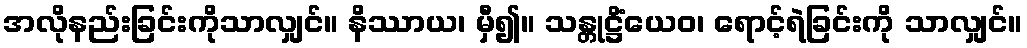
အလိုနည်းခြင်းကိုသာလျှင်။ နိဿာယ၊ မှီ၍။ သန္တုဋ္ဌိံယေဝ၊ ရောင့်ရဲခြင်းကို သာလျှင်။